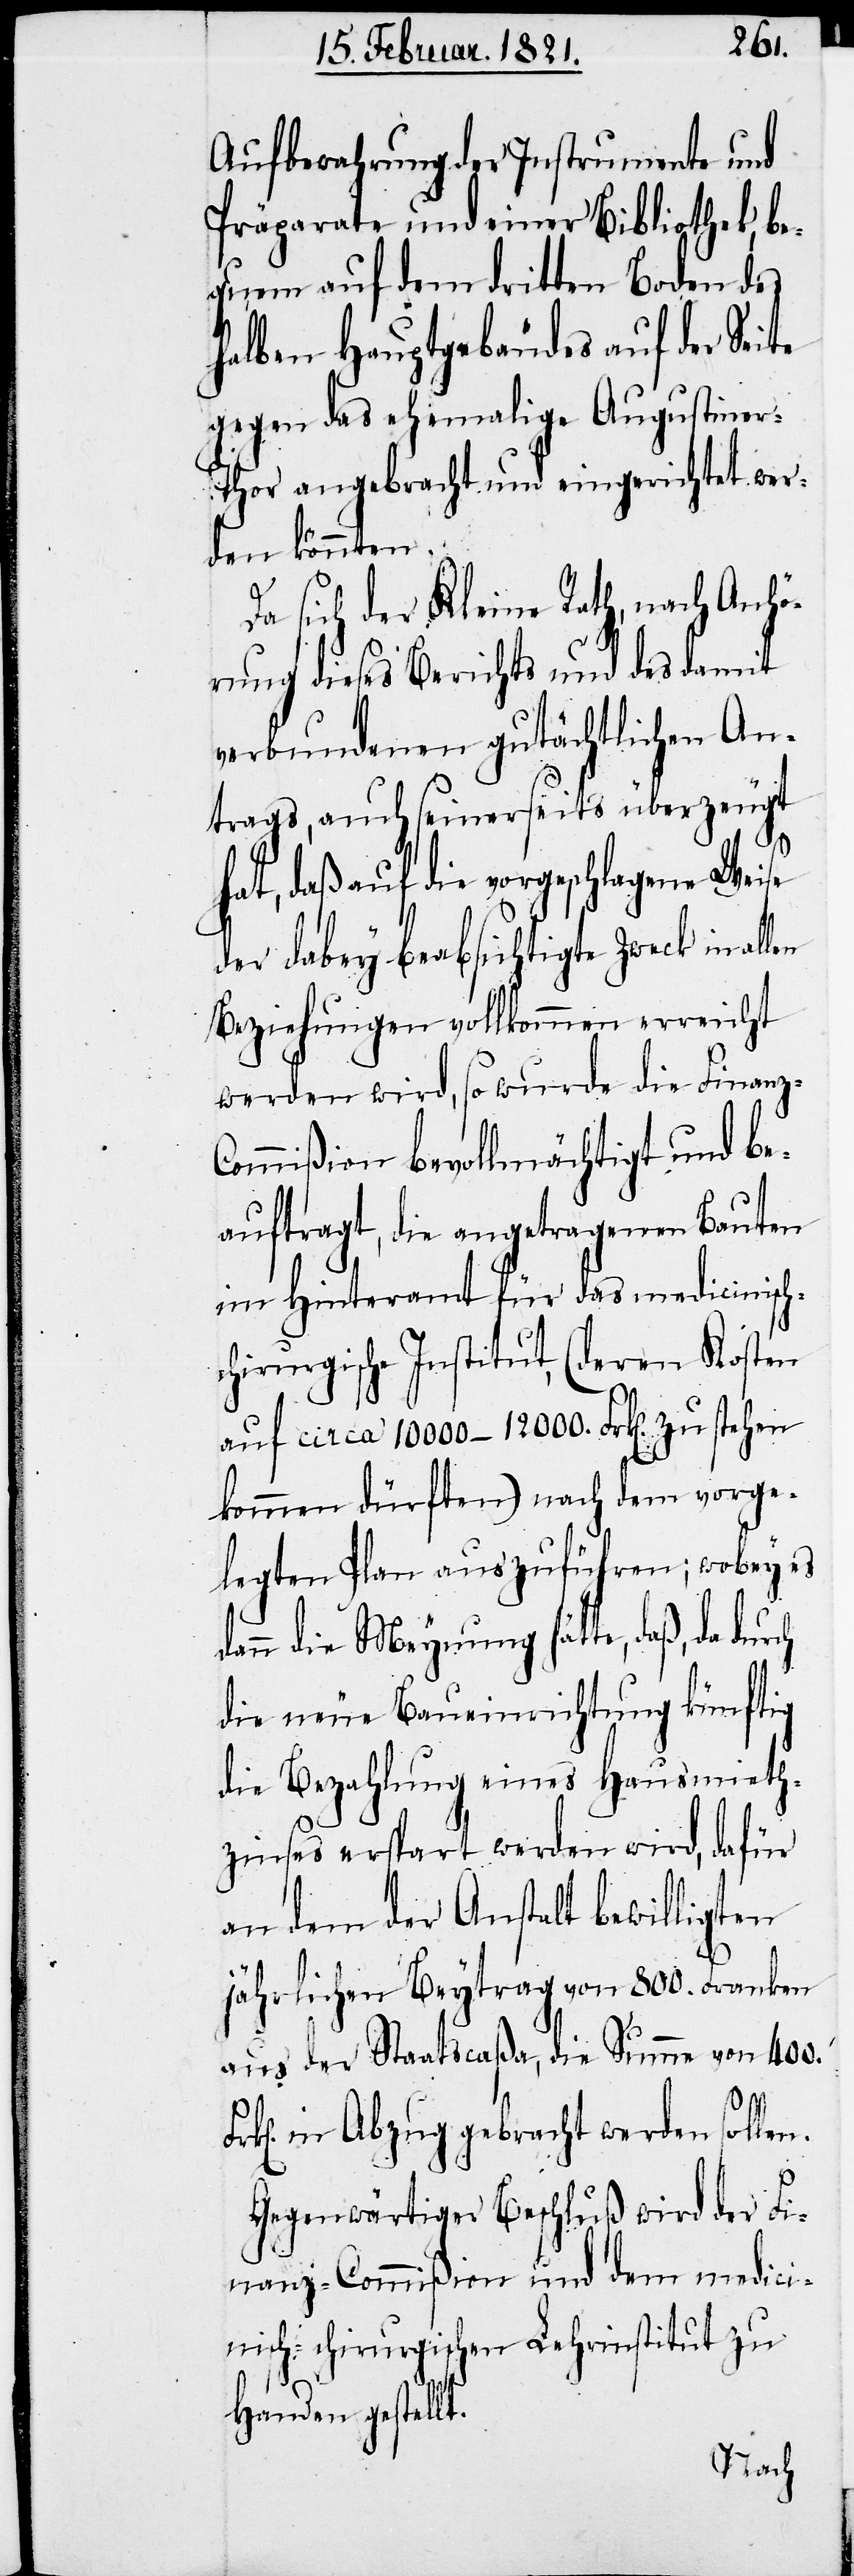
z-C¬
Aufbewahrung der Instrumente und
Präparate und einer Bibliothek, be¬
quem auf dem dritten Boden des
halben Hauptgebäudes auf der Seite
gegen das ehemalige Augustine¬
r-Thor angebracht und eingerichtet wer¬
den könnten.
Da sich der Kleine Rath, nach Anhö¬
rung dieses Berichts und des damit
verbundenen gutächtlichen An¬
trages, auch seinerseits überzeugt
ch
hat, daß auf die vorgeschlagene Weise
der dabey beabsichtigte Zweck in allen
Beziehungen vollkommen erreicht
werden wird, so wurde die Finan¬
ommißion bevollmächtigt und be¬
auftragt, die angetragenen Bauten
im Hinteramt für das medicinisc¬
hirurgische Institut, (deren Kosten
auf circa 10 000–12 000. Frk[en]. zu stehen
kommen dürften) nach dem vorge¬
legten Plan auszuführen; wobey es
ann die Meynung hätte, daß, da dur¬
die neue Baueinrichtung künftig
die Bezahlung eines Hausmieth¬
zinses erspart werden wird, dafür
an dem der Anstalt bewilligten
jährlichen Beytrag von 800. Franken
aus der Staatscaßa, die Summe von 400.
in Abzug gebracht werden sollen.
Gegenwärtiger Beschluß wird der Fi¬
nanz-Commißion und dem medizi¬
nisch-chirurgischen Lehrinstitut zu
Handen gestellt.